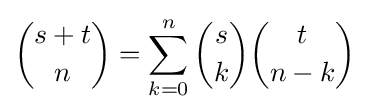
{s+t \choose n}=\sum _{k=0}^{n}{s \choose k}{t \choose n-k}